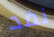
نفد